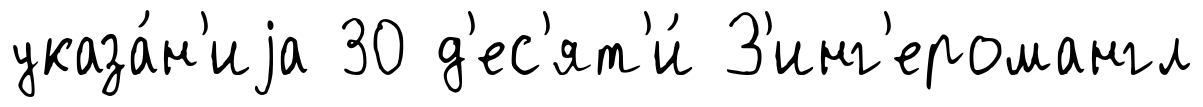
указа́н'иjа 30 д'ес'ят'и́ З'инг'еромангл